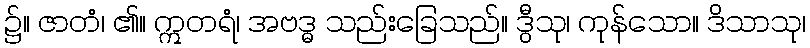
၌။ ဇာတံ၊ ၏။ ဣတရံ၊ အဗဒ္ဓ သည်းခြေသည်။ ဒွီသု၊ ကုန်သော။ ဒိသာသု၊